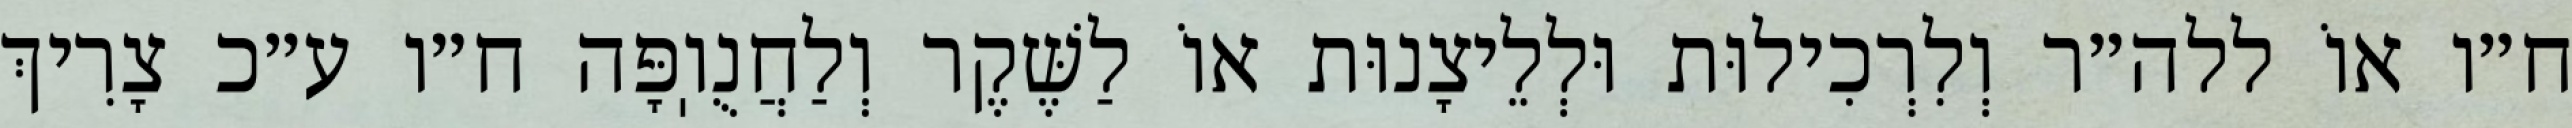
ח״ו אוֹ ללה״ר וְלִרְכִילוּת וּלְלֵיצָנוּת אוֹ לַשֶּׁקֶר וְלַחֲנֻוֽפָּה ח״ו ע״כ צָרִיךְ